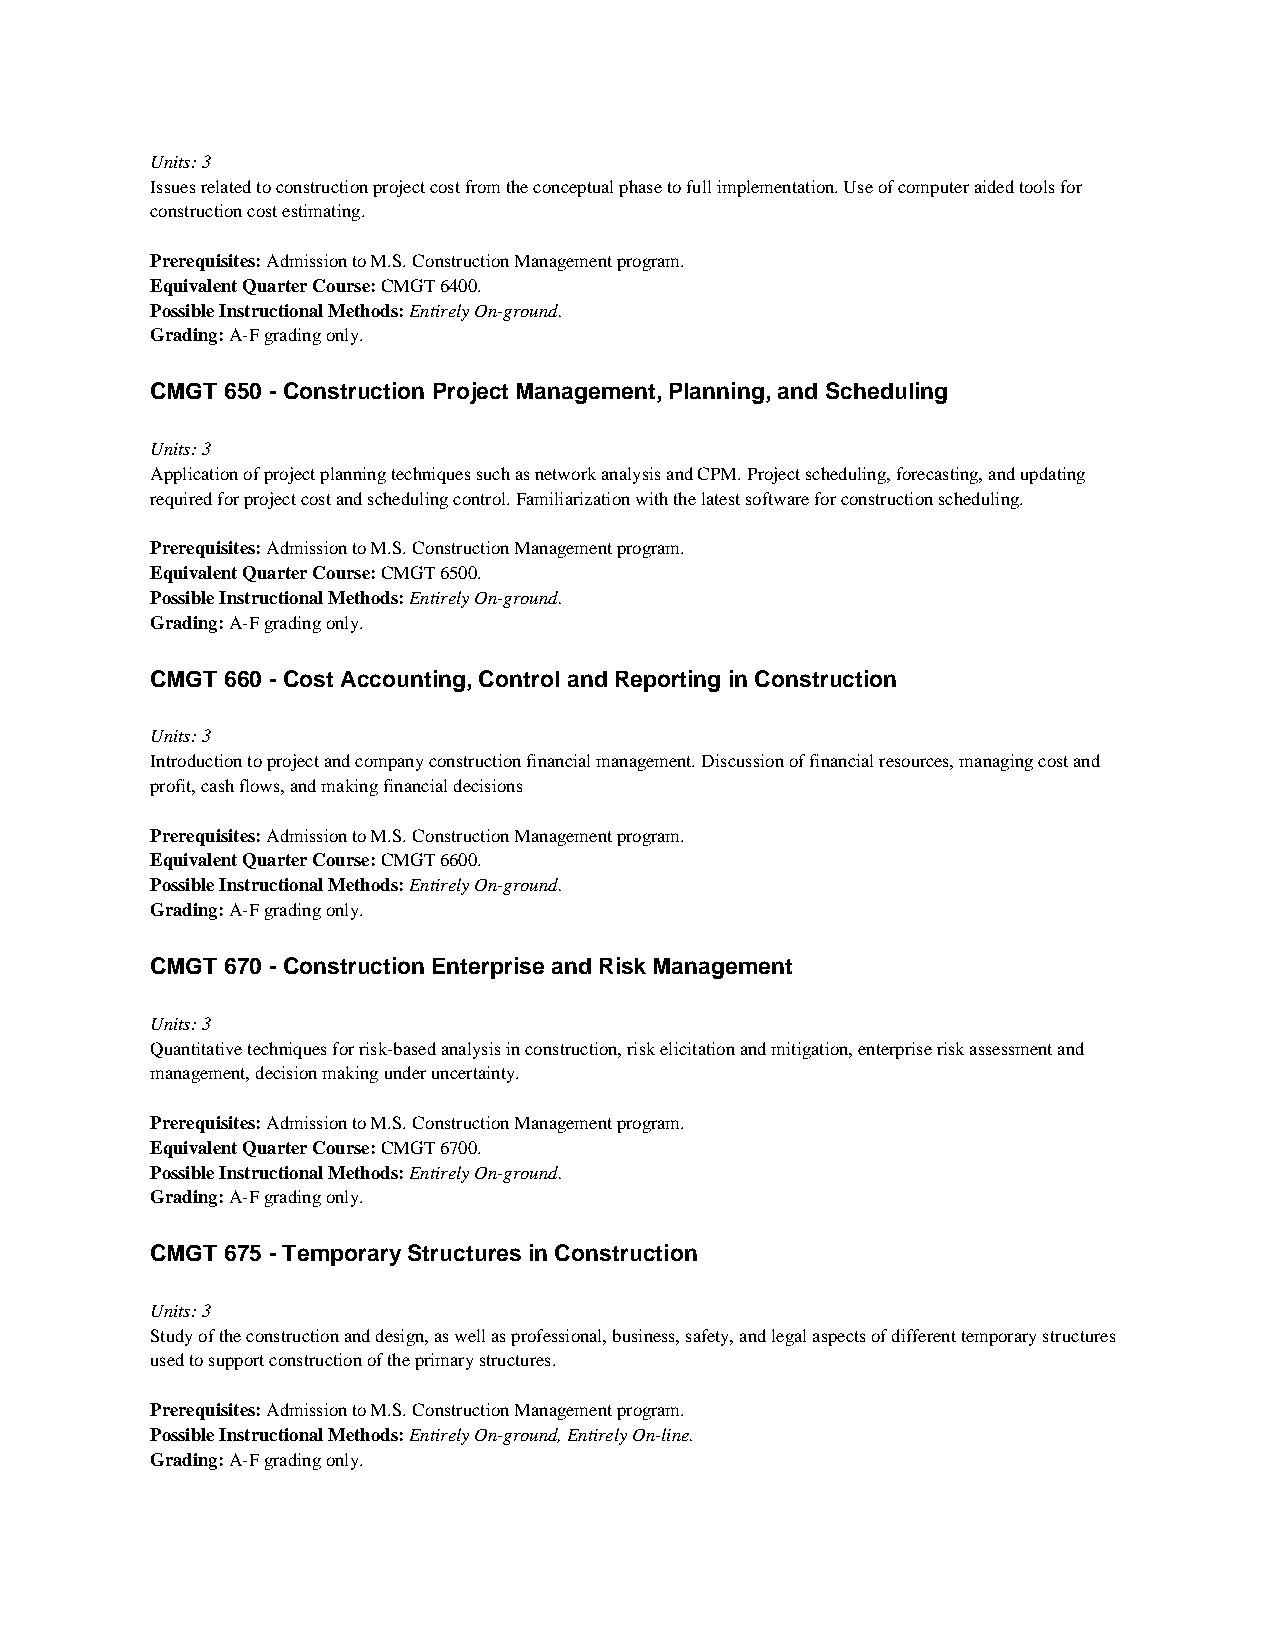
Units: 3
 Issues related to construction project cost from the conceptual phase to full implementation. Use of computer aided tools for
 construction cost estimating.
 Prerequisites: Admission to M.S. Construction Management program.
 Equivalent Quarter Course: CMGT 6400.
 Possible Instructional Methods: Entirely On-ground.
 Grading: A-F grading only.
 CMGT 650 - Construction Project Management, Planning, and Scheduling
 Units: 3
 Application of project planning techniques such as network analysis and CPM. Project scheduling, forecasting, and updating
 required for project cost and scheduling control. Familiarization with the latest software for construction scheduling.
 Prerequisites: Admission to M.S. Construction Management program.
 Equivalent Quarter Course: CMGT 6500.
 Possible Instructional Methods: Entirely On-ground.
 Grading: A-F grading only.
 CMGT 660 - Cost Accounting, Control and Reporting in Construction
 Units: 3
 Introduction to project and company construction financial management. Discussion of financial resources, managing cost and
 profit, cash flows, and making financial decisions
 Prerequisites: Admission to M.S. Construction Management program.
 Equivalent Quarter Course: CMGT 6600.
 Possible Instructional Methods: Entirely On-ground.
 Grading: A-F grading only.
 CMGT 670 - Construction Enterprise and Risk Management
 Units: 3
 Quantitative techniques for risk-based analysis in construction, risk elicitation and mitigation, enterprise risk assessment and
 management, decision making under uncertainty.
 Prerequisites: Admission to M.S. Construction Management program.
 Equivalent Quarter Course: CMGT 6700.
 Possible Instructional Methods: Entirely On-ground.
 Grading: A-F grading only.
 CMGT 675 - Temporary Structures in Construction
 Units: 3
 Study of the construction and design, as well as professional, business, safety, and legal aspects of different temporary structures
 used to support construction of the primary structures.
 Prerequisites: Admission to M.S. Construction Management program.
 Possible Instructional Methods: Entirely On-ground, Entirely On-line.
 Grading: A-F grading only.